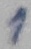
Text: 1